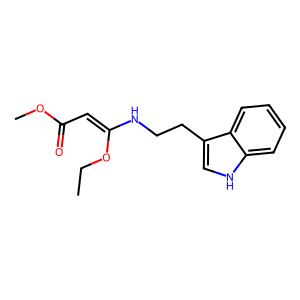
SMILES: CCOC(=CC(=O)OC)NCCc1c[nH]c2ccccc12
Inhibits HIV replication: No